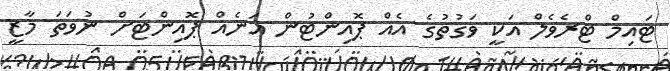
ޓައިމް ޓްރެވެލް އަކީ ވަގުތުގެ އެއް ޕޮއިންޓުން އަނެއް ޕޮއިންޓަށް ނުވަތަ މާޒީ